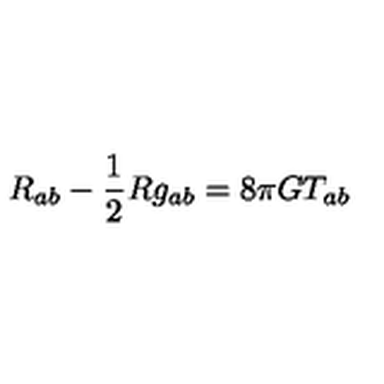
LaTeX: R _ { a b } - \frac { 1 } { 2 } R g _ { a b } = 8 \pi G T _ { a b }